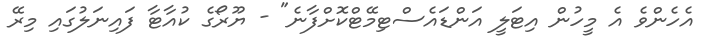
އެހެންވެ އެ މީހުން އިޓަލީ އަންޑައެސްޓިމޭޓްކޮށްފާނެ" - ޔޫރޯގެ ކުއާޓާ ފައިނަލުގައި މިރޭ